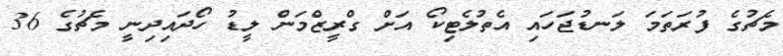
މެޗުގެ ފުރަތަމަ ލަނޑުޖަހައި އެތުލެޓިކޯ އަށް ގްރީޒްމަން ލީޑު ހޯދައިދިނީ މެޗުގެ 36